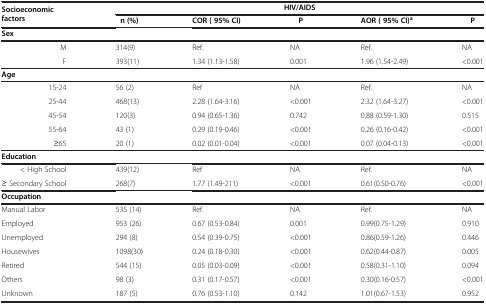
<table><thead><tr><td rowspan="2"><b>Socioeconomic factors</b></td><td colspan="5"><b>HIV/AIDS</b></td></tr><tr><td><b> n (%)</b></td><td><b>COR ( 95% CI)</b></td><td><b> P</b></td><td><b>AOR ( 95% CI)<sup>a</sup></b></td><td><b> P</b></td></tr></thead><tbody><tr><td><b>Sex</b></td><td> </td><td> </td><td> </td><td> </td><td> </td></tr><tr><td>M</td><td>314(9)</td><td>Ref.</td><td>NA</td><td>Ref.</td><td>NA</td></tr><tr><td>F</td><td>393(11)</td><td>1.34 (1.13-1.58)</td><td>0.001</td><td>1.96 (1.54-2.49)</td><td>&lt;0.001</td></tr><tr><td><b>Age</b></td><td> </td><td> </td><td> </td><td> </td><td> </td></tr><tr><td>15-24</td><td>56 (2)</td><td>Ref</td><td>NA</td><td>Ref.</td><td>NA</td></tr><tr><td>25-44</td><td>468(13)</td><td>2.28 (1.64-3.16)</td><td>&lt;0.001</td><td>2.32 (1.64-3.27)</td><td>&lt;0.001</td></tr><tr><td>45-54</td><td>120(3)</td><td>0.94 (0.65-1.36)</td><td>0.742</td><td>0.88 (0.59-1.30)</td><td>0.515</td></tr><tr><td>55-64</td><td>43 (1)</td><td>0.29 (0.19-0.46)</td><td>&lt;0.001</td><td>0.26 (0.16-0.42)</td><td>&lt;0.001</td></tr><tr><td>≥65</td><td>20 (1)</td><td>0.02 (0.01-0.04)</td><td>&lt;0.001</td><td>0.07 (0.04-0.13)</td><td>&lt;0.001</td></tr><tr><td><b>Education</b></td><td> </td><td> </td><td> </td><td> </td><td> </td></tr><tr><td>&lt; High School</td><td>439(12)</td><td>Ref</td><td>NA</td><td>Ref.</td><td>NA</td></tr><tr><td>≥ Secondary School</td><td>268(7)</td><td>1.77 (1.49-211)</td><td>&lt;0.001</td><td>0.61(0.50-0.76)</td><td>&lt;0.001</td></tr><tr><td><b>Occupation</b></td><td> </td><td> </td><td> </td><td> </td><td> </td></tr><tr><td>Manual Labor</td><td>535 (14)</td><td>Ref.</td><td>NA</td><td>Ref.</td><td>NA</td></tr><tr><td>Employed</td><td>953 (26)</td><td>0.67 (0.53-0.84)</td><td>0.001</td><td>0.99(0.75-1.29)</td><td>0.910</td></tr><tr><td>Unemployed</td><td>294 (8)</td><td>0.54 (0.39-0.75)</td><td>&lt;0.001</td><td>0.86(0.59-1.26)</td><td>0.446</td></tr><tr><td>Housewives</td><td>1098(30)</td><td>0.24 (0.18-0.30)</td><td>&lt;0.001</td><td>0.62(0.44-0.87)</td><td>0.005</td></tr><tr><td>Retired</td><td>544 (15)</td><td>0.05 (0.03-0.09)</td><td>&lt;0.001</td><td>0.58(0.31-1.10)</td><td>0.094</td></tr><tr><td>Others</td><td>98 (3)</td><td>0.31 (0.17-0.57)</td><td>&lt;0.001</td><td>0.30(0.16-0.57)</td><td>&lt;0.001</td></tr><tr><td>Unknown</td><td>187 (5)</td><td>0.76 (0.53-1.10)</td><td>0.142</td><td>1.01(0.67-1.53)</td><td>0.952</td></tr></tbody></table>